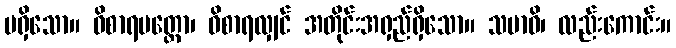
မရှိသော။ ဝိစာရမတ္တော၊ ဝိစာရလျှင် အတိုင်းအရှည်ရှိသော။ သမာဓိ၊ လည်းကောင်း။